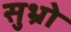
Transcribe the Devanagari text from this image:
सुभ्रो